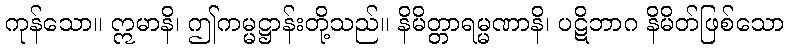
ကုန်သော။ ဣမာနိ၊ ဤကမ္မဋ္ဌာန်းတို့သည်။ နိမိတ္တာရမ္မဏာနိ၊ ပဋိဘာဂ နိမိတ်ဖြစ်သော